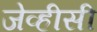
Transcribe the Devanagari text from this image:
जेव्हीसी